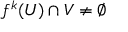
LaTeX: f ^ { k } ( U ) \cap V \neq \emptyset